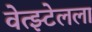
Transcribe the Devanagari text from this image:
वेत्झ्टेलला